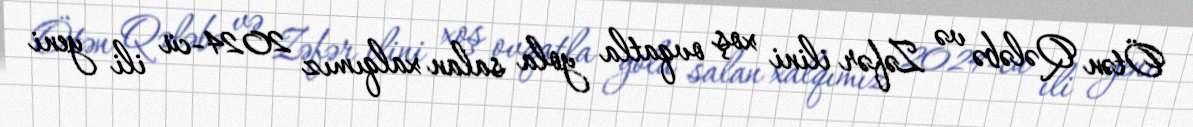
Ötən Qələbə və Zəfər ilini xoş ovqatla yola salan xalqımız 2024-cü ili yeni